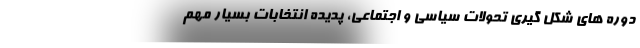
دوره های شکل گیری تحولات سیاسی و اجتماعی، پدیده انتخابات بسیار مهم